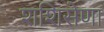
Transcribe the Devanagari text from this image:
शशिसेणा